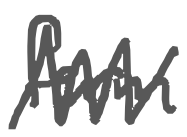
Text: form
Cross-out: mix
Writing tool: digital_gray